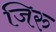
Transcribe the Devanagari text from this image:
जिरु